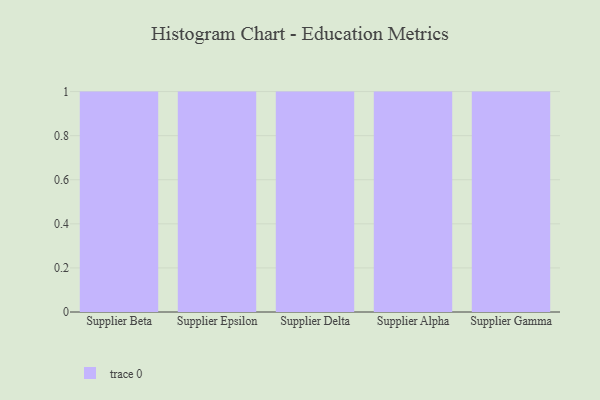
{"axis": {"x": "Supplier", "y": "Conversion Rate (%)"}, "legend": [""], "data": [{"x": "Supplier Beta", "y": 59, "type": ""}, {"x": "Supplier Epsilon", "y": 91, "type": ""}, {"x": "Supplier Delta", "y": 65, "type": ""}, {"x": "Supplier Alpha", "y": 65, "type": ""}, {"x": "Supplier Gamma", "y": 46, "type": ""}]}